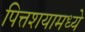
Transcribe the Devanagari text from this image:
पित्तशयामध्ये